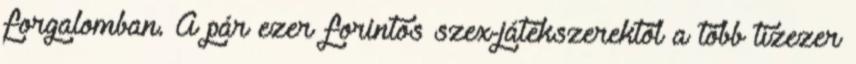
forgalomban. A pár ezer forintos szex-játékszerektől a több tízezer